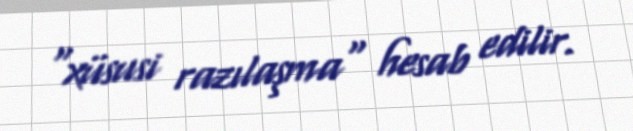
"xüsusi razılaşma" hesab edilir.